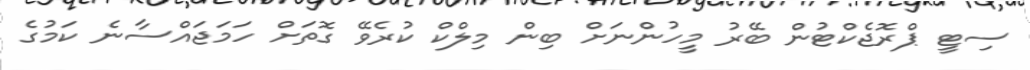
ސިޓީ ޕްރޮޖެކްޓުން ބޭރު މީހުންނަށް ބިން މިލްކް ކުރެވޭ ގޮތަށް ހަމަޖައްސާނެ ކަމުގެ